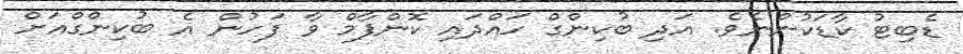
ޑެބިޓު ކާޑަކުންނެވެ. އަދި ބުކިންގް ހައްދައި ކޮންފާމް ވާ ފަހުން އެ ބުކިންގްއަށް